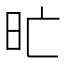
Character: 𣅇